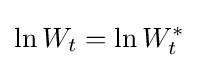
\ln {W_{t}}=\ln {W_{t}^{*}}